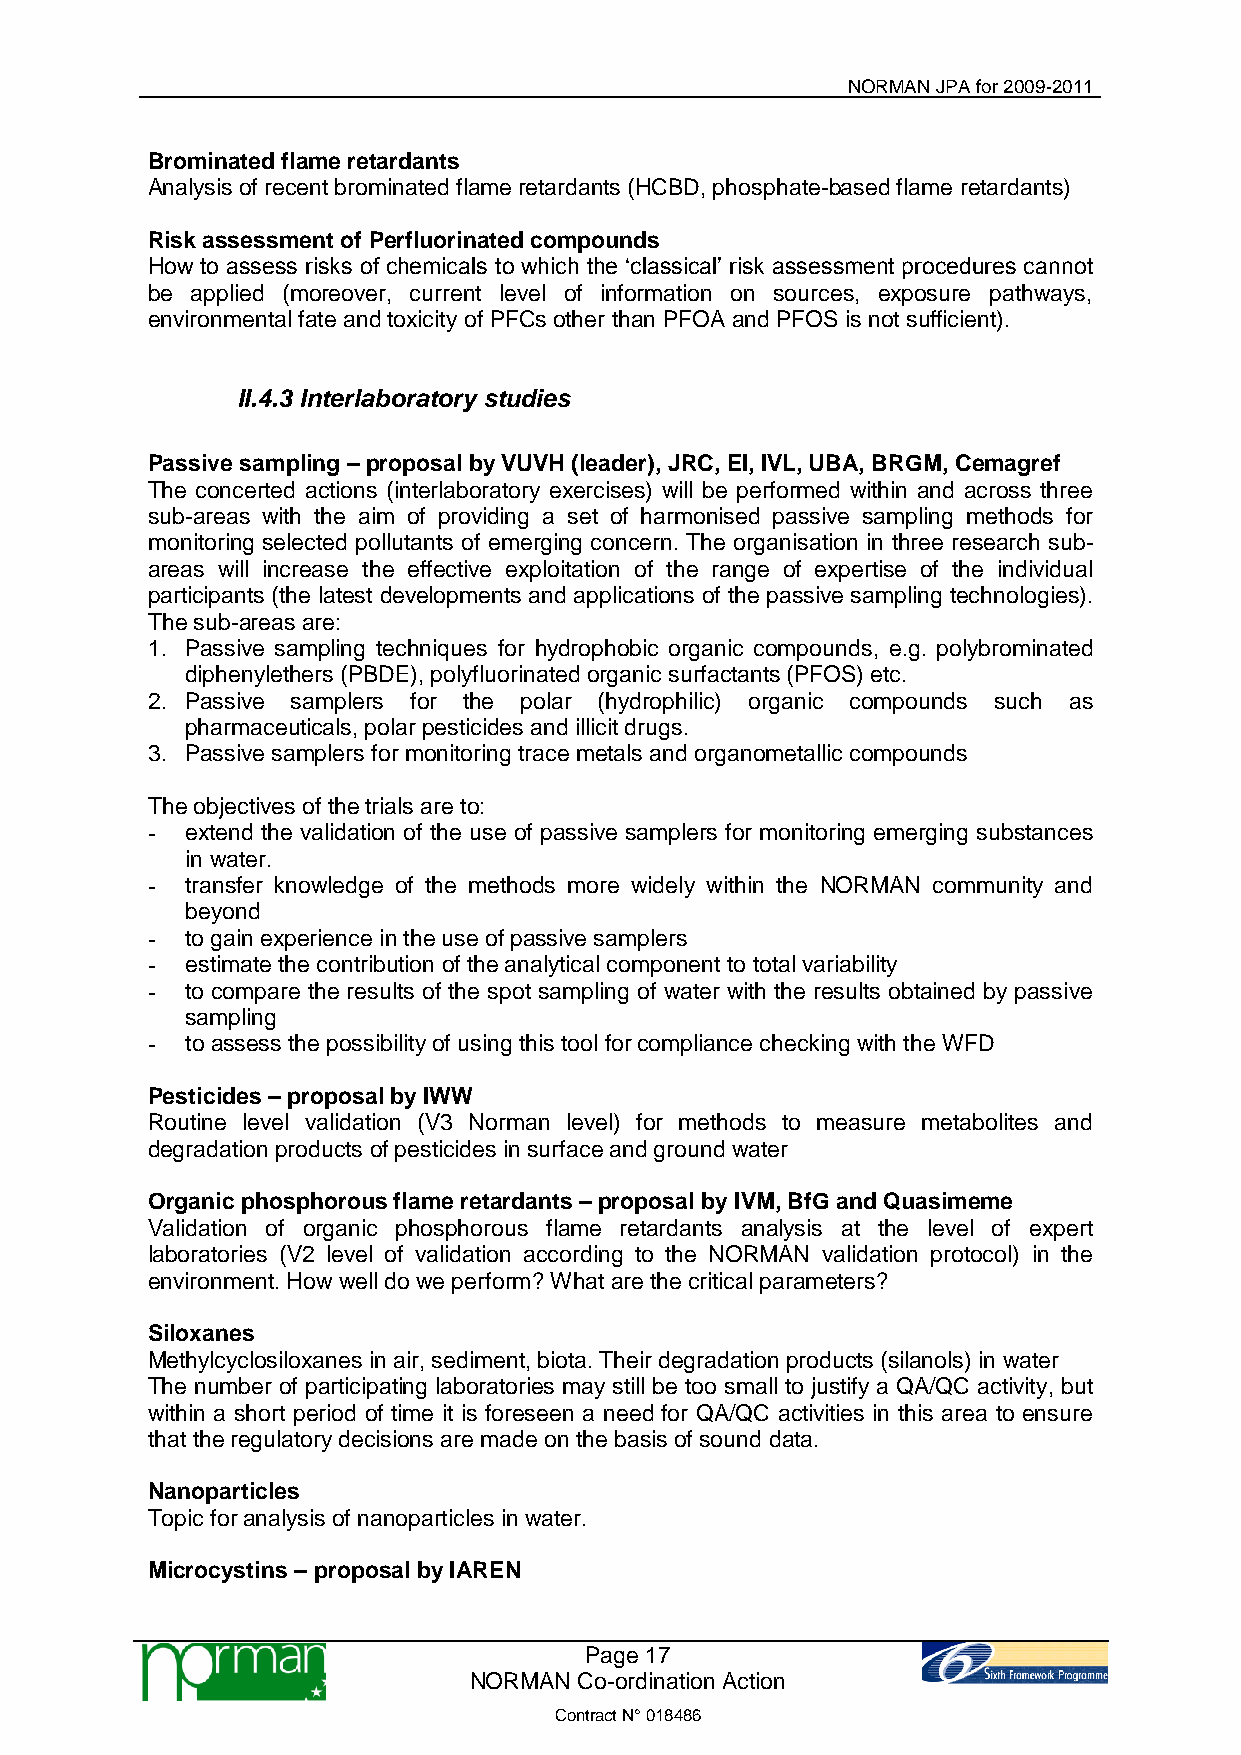
NORMAN JPA for 2009-2011
 Brominated flame retardants
 Analysis of recent brominated flame retardants (HCBD, phosphate-based flame retardants)
 Risk assessment of Perfluorinated compounds
 How to assess risks of chemicals to which the „classical‟ risk assessment procedures cannot
 be applied (moreover, current level of information on sources, exposure pathways,
 environmental fate and toxicity of PFCs other than PFOA and PFOS is not sufficient).
 II.4.3 Interlaboratory studies
 Passive sampling – proposal by VUVH (leader), JRC, EI, IVL, UBA, BRGM, Cemagref
 The concerted actions (interlaboratory exercises) will be performed within and across three
 sub-areas with the aim of providing a set of harmonised passive sampling methods for
 monitoring selected pollutants of emerging concern. The organisation in three research sub-
 areas will increase the effective exploitation of the range of expertise of the individual
 participants (the latest developments and applications of the passive sampling technologies).
 The sub-areas are:
 1. Passive sampling techniques for hydrophobic organic compounds, e.g. polybrominated
 diphenylethers (PBDE), polyfluorinated organic surfactants (PFOS) etc.
 2. Passive samplers for the polar (hydrophilic) organic compounds such as
 pharmaceuticals, polar pesticides and illicit drugs.
 3. Passive samplers for monitoring trace metals and organometallic compounds
 The objectives of the trials are to:
 - extend the validation of the use of passive samplers for monitoring emerging substances
 in water.
 - transfer knowledge of the methods more widely within the NORMAN community and
 beyond
 - to gain experience in the use of passive samplers
 - estimate the contribution of the analytical component to total variability
 - to compare the results of the spot sampling of water with the results obtained by passive
 sampling
 - to assess the possibility of using this tool for compliance checking with the WFD
 Pesticides – proposal by IWW
 Routine level validation (V3 Norman level) for methods to measure metabolites and
 degradation products of pesticides in surface and ground water
 Organic phosphorous flame retardants – proposal by IVM, BfG and Quasimeme
 Validation of organic phosphorous flame retardants analysis at the level of expert
 laboratories (V2 level of validation according to the NORMAN validation protocol) in the
 environment. How well do we perform? What are the critical parameters?
 Siloxanes
 Methylcyclosiloxanes in air, sediment, biota. Their degradation products (silanols) in water
 The number of participating laboratories may still be too small to justify a QA/QC activity, but
 within a short period of time it is foreseen a need for QA/QC activities in this area to ensure
 that the regulatory decisions are made on the basis of sound data.
 Nanoparticles
 Topic for analysis of nanoparticles in water.
 Microcystins – proposal by IAREN
 Page 17
 NORMAN Co-ordination Action
 Contract N° 018486